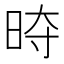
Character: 𭥱